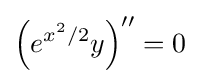
\left(e^{x^{2}/2}y\right)''=0